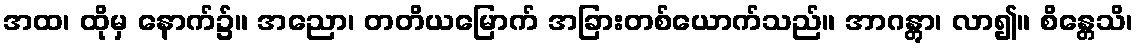
အထ၊ ထိုမှ နောက်၌။ အညော၊ တတိယမြောက် အခြားတစ်ယောက်သည်။ အာဂန္တွာ၊ လာ၍။ စိန္တေသိ၊